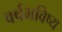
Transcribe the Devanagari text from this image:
वर्षभविष्य